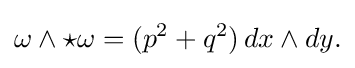
\displaystyle {\omega \wedge \star \omega =(p^{2}+q^{2})\,dx\wedge dy.}